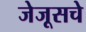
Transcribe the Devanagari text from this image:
जेजूसचे